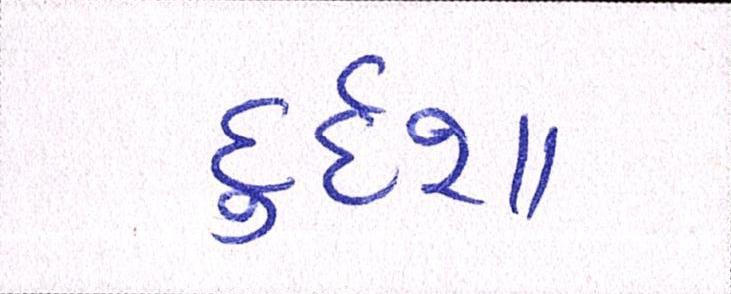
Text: દુર્દશા